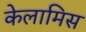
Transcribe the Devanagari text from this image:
केलामिस